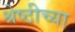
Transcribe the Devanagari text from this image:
श्रेष्ठीच्या